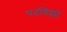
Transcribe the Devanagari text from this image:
पदचिह्मों